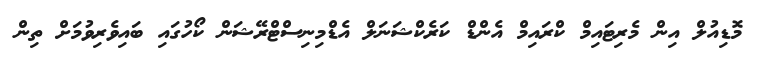
މޮޑިއުލް އިން މެރިޓައިމް ކްރައިމް އެންޑް ކަރެކްޝަނަލް އެޑްމިނިސްޓްރޭޝަން ކޯހުގައި ބައިވެރިވުމަށް ތިން